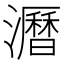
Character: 𤃝